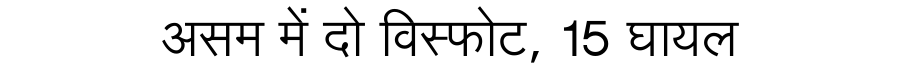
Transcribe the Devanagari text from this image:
असम में दो विस्फोट, 15 घायल